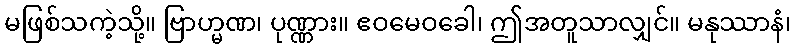
မဖြစ်သကဲ့သို့။ ဗြာဟ္မဏ၊ ပုဏ္ဏား။ ဧဝမေဝခေါ၊ ဤအတူသာလျှင်။ မနုဿာနံ၊